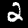
Digit: 2